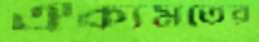
ঐক্যমতের